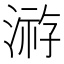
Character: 𱨈